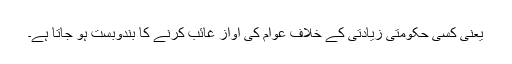
یعنی کسی حکومتی زیادتی کے خلاف عوام کی آواز غائب کرنے کا بندوبست ہو جاتا ہے۔